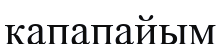
қапапайым